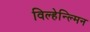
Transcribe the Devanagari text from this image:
विल्हेन्ल्मिन